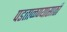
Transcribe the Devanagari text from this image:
पडताळण्यासाठी